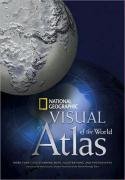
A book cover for National Geographic Visual Atlas of the World; National Geographic; Reference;